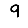
Digit: 9